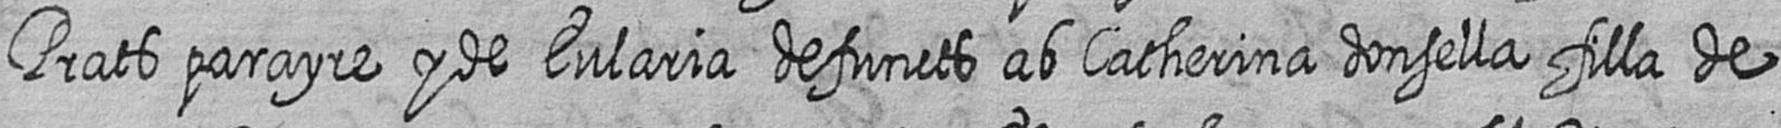
Prats parayre y de Eularia defuncts ab Catherina donsella filla de